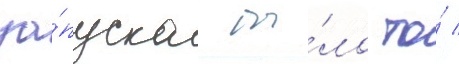
за́пуска бы́ло то́ /